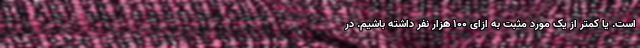
است. یا کمتر از یک مورد مثبت به ازای ۱۰۰ هزار نفر داشته باشیم. در